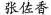
张佐香